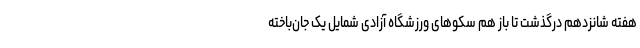
هفته شانزدهم درگذشت تا باز هم سکوهای ورزشگاه آزادی شمایل یک جان‌باخته